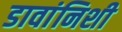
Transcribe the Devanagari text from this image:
डावांनिशी